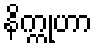
နိက္ကုဟာ